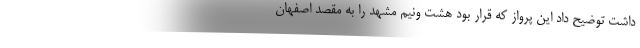
داشت توضیح داد این پرواز که قرار بود هشت ونیم مشهد را به مقصد اصفهان